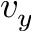
v _ { y }